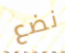
نضع